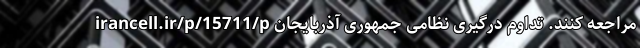
irancell.ir/p/15711/p مراجعه کنند. تداوم درگیری نظامی جمهوری آذربایجان